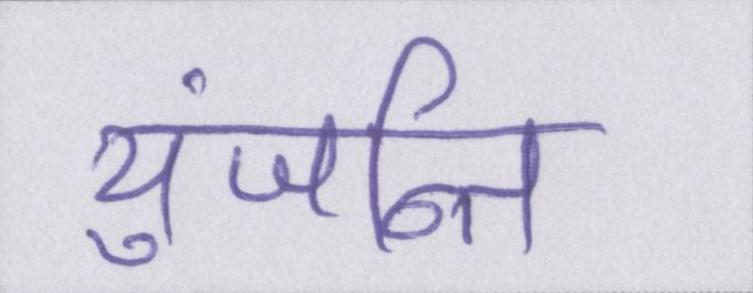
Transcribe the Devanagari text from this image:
युंजन्ति